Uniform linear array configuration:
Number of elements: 8
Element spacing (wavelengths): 1
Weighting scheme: blackman
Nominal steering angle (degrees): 15
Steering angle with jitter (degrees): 16.981
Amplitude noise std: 0.05
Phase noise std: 0.05

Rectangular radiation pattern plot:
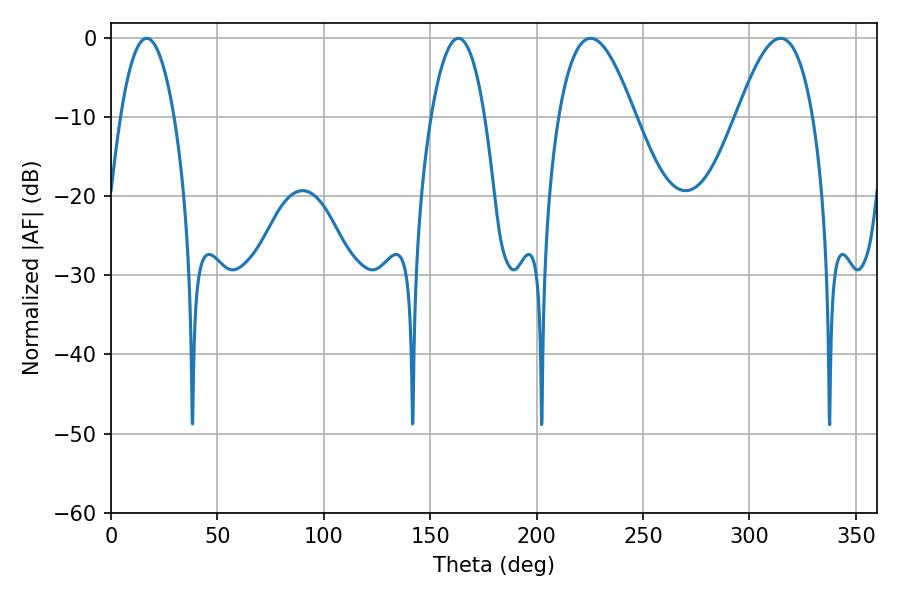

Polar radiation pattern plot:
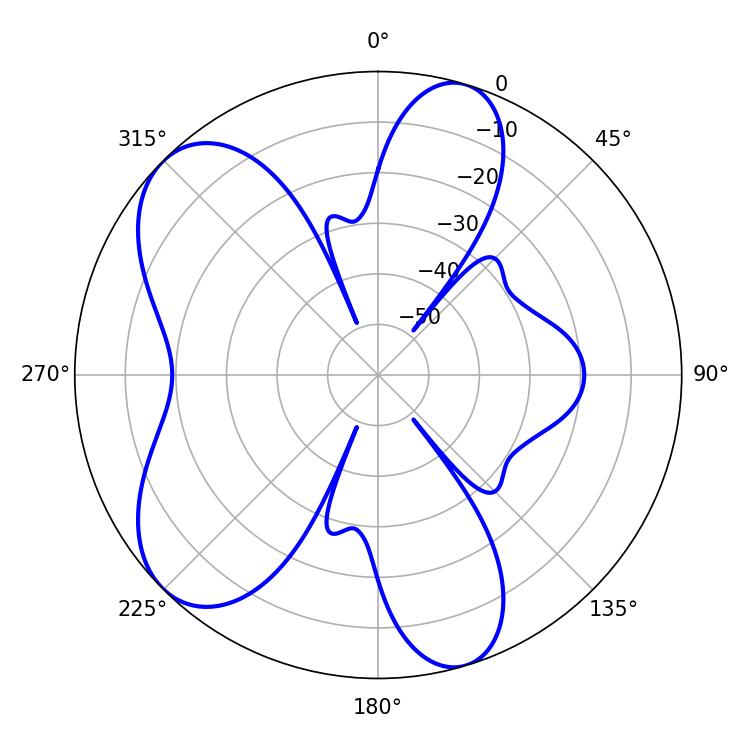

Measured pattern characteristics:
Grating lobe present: TRUE
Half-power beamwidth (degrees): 19.44
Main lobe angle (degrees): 225.36